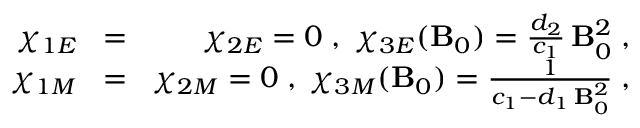
\begin{array} { r l r } { \chi _ { 1 E } \! } & { = } & { \! \chi _ { 2 E } = 0 \; , \; \chi _ { 3 E } ( { \bf B } _ { 0 } ) = \frac { d _ { 2 } } { c _ { 1 } } \, { \bf B } _ { 0 } ^ { 2 } \; , } \\ { \chi _ { 1 M } \! } & { = } & { \! \chi _ { 2 M } = 0 \; , \; \chi _ { 3 M } ( { \bf B } _ { 0 } ) = \frac { 1 } { c _ { 1 } - d _ { 1 } \, { \bf B } _ { 0 } ^ { 2 } } \; , } \end{array}